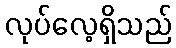
လုပ်လေ့ရှိသည်